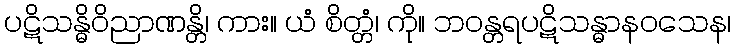
ပဋိသန္ဓိဝိညာဏန္တိ၊ ကား။ ယံ စိတ္တံ၊ ကို။ ဘဝန္တရပဋိသန္ဓာနဝသေန၊